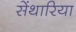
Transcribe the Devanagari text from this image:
सेंथारिया